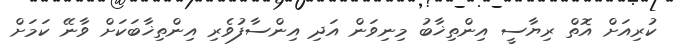
ކުރިއަށް އޮތް ރިޔާސީ އިންތިޚާބު މިނިވަން އަދި އިންސާފުވެރި އިންތިޚާބަކަށް ވާނޭ ކަމަށް